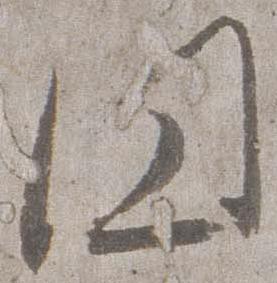
円